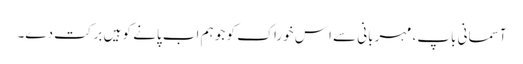
آسمانی باپ، مہربانی سے اِس خوراک کو جو ہم اب پانے کو ہیں برکت دے۔